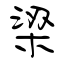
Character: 梁